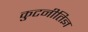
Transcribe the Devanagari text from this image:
कुटनीतिज्ञ